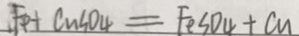
F e + C n S O 4 = F e S O _ { 4 } + C u